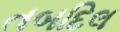
તબદિલ